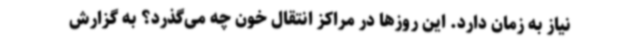
نیاز به زمان دارد. این روزها در مراکز انتقال خون چه می‌گذرد؟ به گزارش